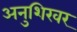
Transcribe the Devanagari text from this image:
अनुशिखर